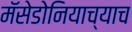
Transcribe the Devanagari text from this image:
मॅसेडोनियाच्याच